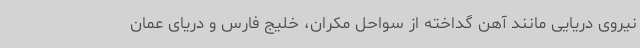
نیروی دریایی مانند آهن گداخته از سواحل مکران، خلیج فارس و دریای عمان